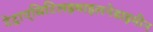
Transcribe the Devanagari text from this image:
टेट्राएसिटिलइथाइलनेडाइमीन